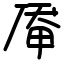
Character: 厣